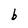
Character: b